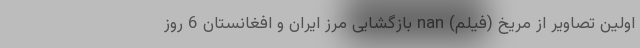
اولین تصاویر از مریخ (فیلم) nan بازگشایی مرز ایران و افغانستان 6 روز